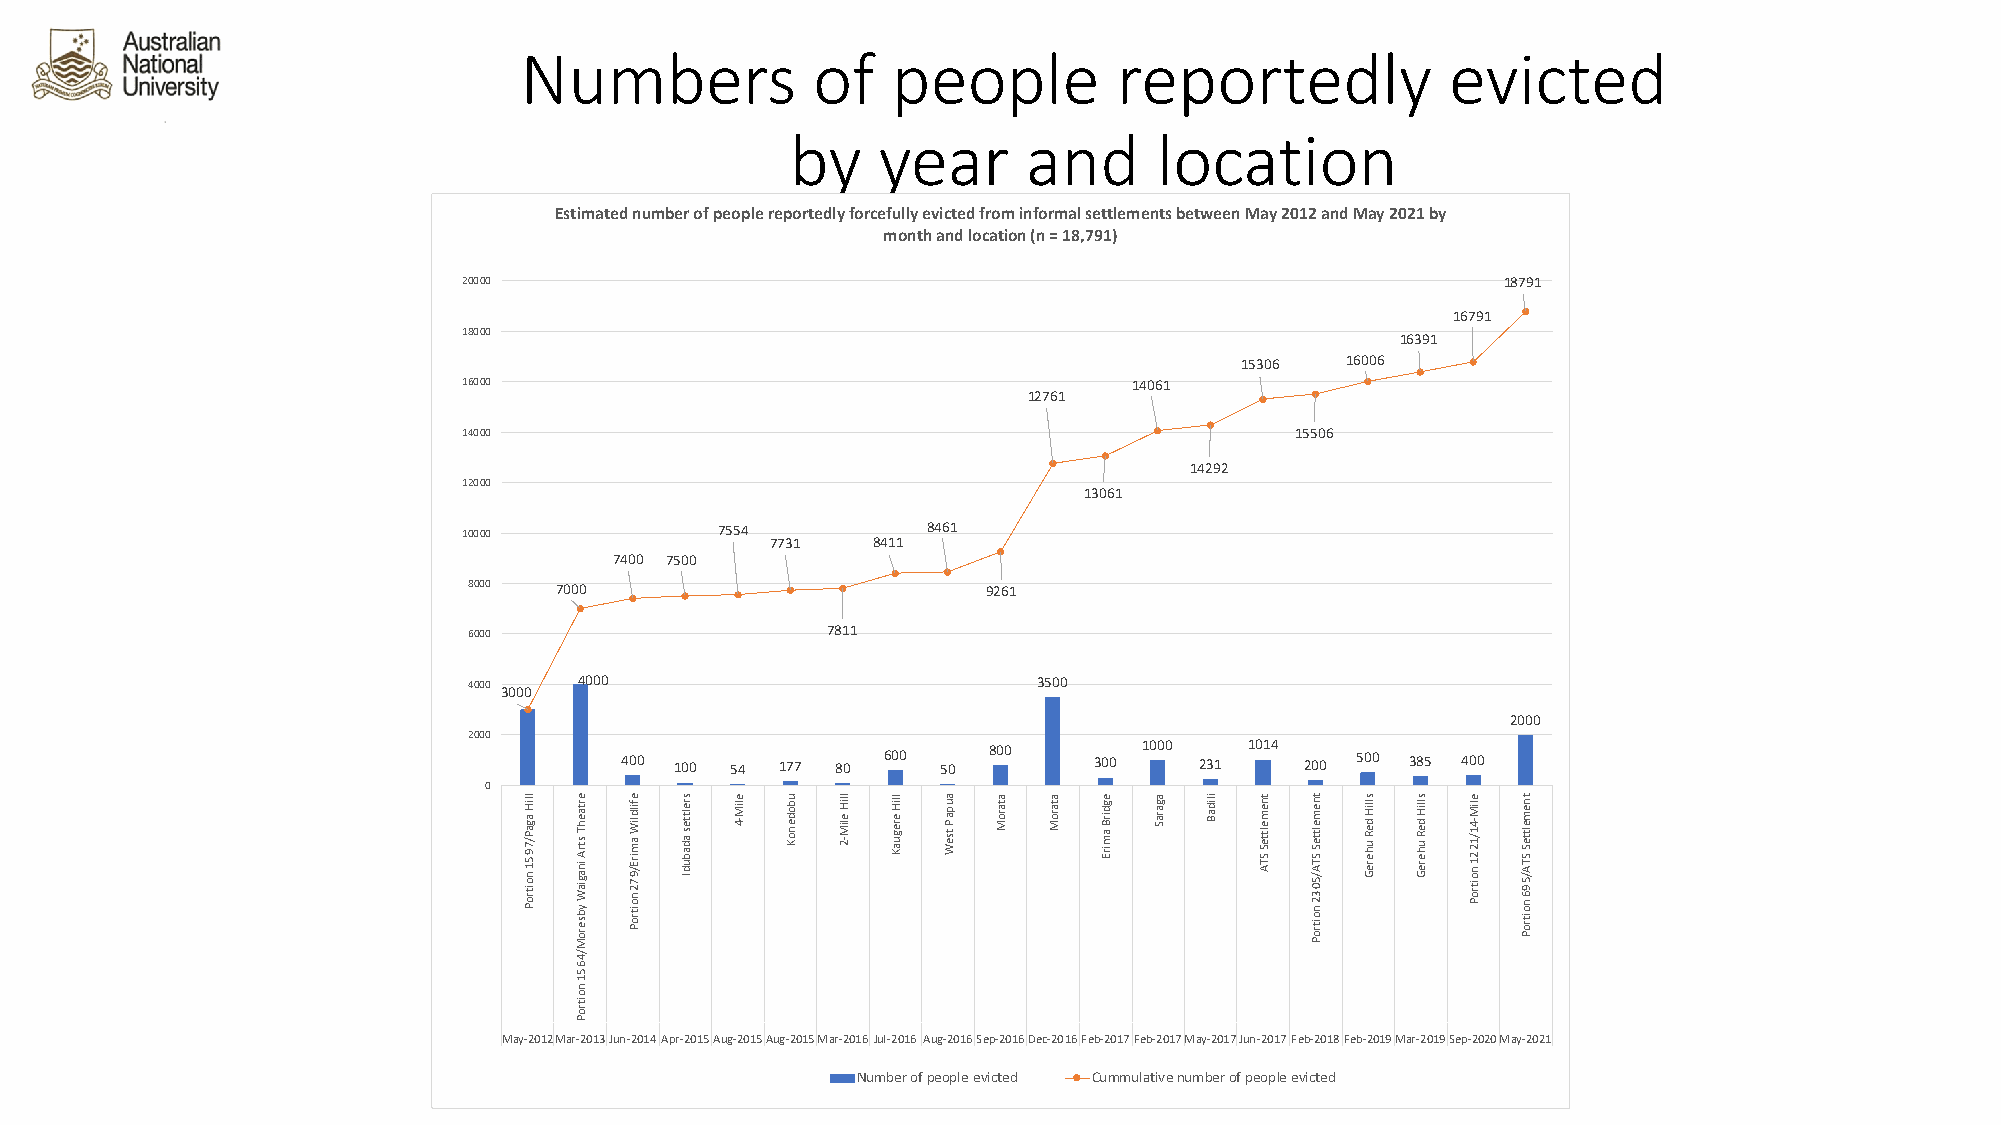
Numbers             of   people         reportedly            evicted
 by    year      and      location
 Estimated number of people reportedly forcefully evicted from informal settlements between May 2012 and May 2021 by
 month and location (n = 18,791)
 20000                                                               18791
 16791
 18000
 16391
 15306  16006
 16000                                       14061
 12761
 14000                                                  15506
 14292
 12000
 13061
 10000           7554          8461
 7731   8411
 7400 7500
 8000  7000                        9261
 6000                    7811
 4000   4000                           3500
 3000
 2000
 2000
 400 100 54 177 80 600 50 800   300 1000 231 1014 200 500 385 400
 0
 May-2012Mar-2013Jun-2014Apr-2015Aug-2015Aug-2015Mar-2016Jul-2016 Aug-2016Sep-2016Dec-2016Feb-2017Feb-2017May-2017Jun-2017Feb-2018Feb-2019Mar-2019Sep-2020May-2021
 Number of people evicted Cummulative number of people evicted
 lliH
 agaP/7951
 noitroP
 ertaehT
 strA
 inagiaW
 ybseroM/4651
 noitroP
 efildliW
 amirE/972
 noitroP
 srelttes
 adabudI
 eliM-4 ubodenoK lliH
 eliM-2
 lliH
 ereguaK
 aupaP
 tseW
 ataroM ataroM egdirB
 amirE
 agaraS ilidaB tnemeltteS
 STA
 tnemeltteS
 STA/5032
 noitroP
 slliH
 deR
 uhereG
 slliH
 deR
 uhereG
 eliM-41/1221
 noitroP
 tnemeltteS
 STA/596
 noitroP